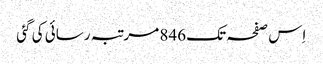
اِس صفحہ تک 846 مرتبہ رسائی کی گئی